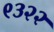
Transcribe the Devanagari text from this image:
९३२२